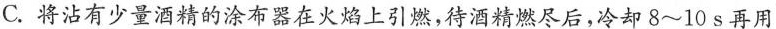
C.将沾有少量酒精的涂布器在火焰上引燃，待酒精燃尽后，冷却8~10s再用